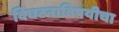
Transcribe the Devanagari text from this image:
विघटनाविषयीचा